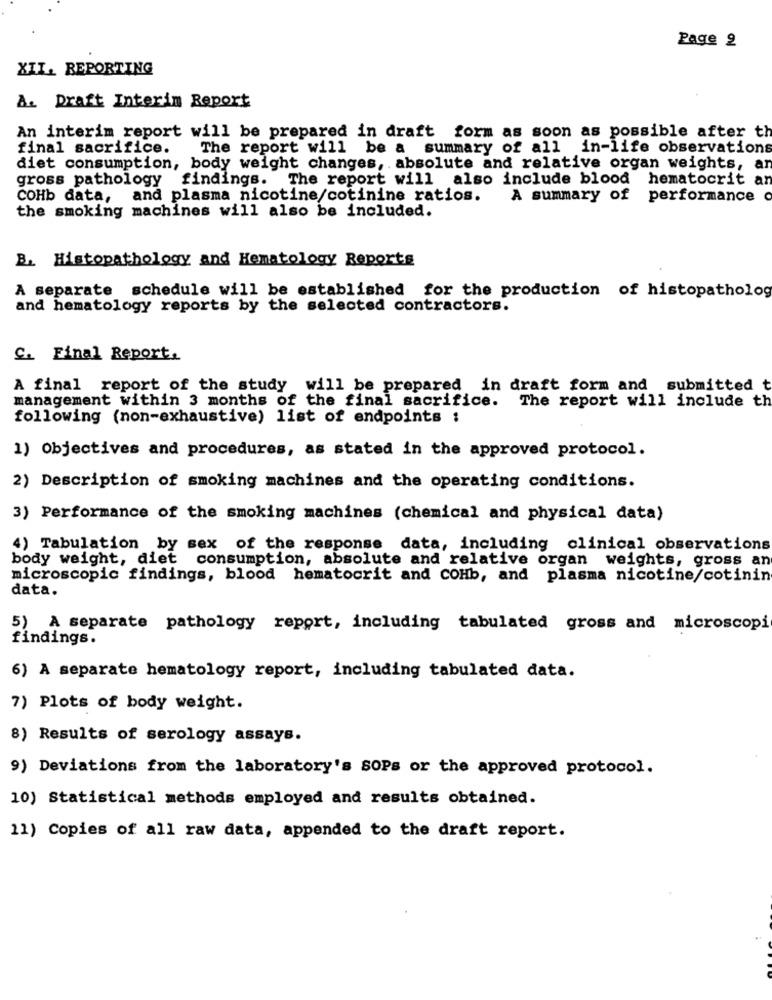
Page 2
XII. REPORTING
A. Draft Interim Report
An interim report will be prepared in draft form as soon as possible after th
final sacrifice.
The report will be a summary of all in-life observations
diet consumption, body weight changes, absolute and relative organ weights, ar
gross pathology findings. The report will also include blood hematocrit an
COHb data, and plasma nicotine/cotinine ratios.
A summary of performance o
the smoking machines will also be included.
B. Histopathology and Hematology Reports
A separate schedule will be established for the production of histopatholog
and hematology reports by the selected contractors.
C. Final Report.
A final report of the study will be prepared in draft form and submitted t
management within 3 months of the final sacrifice. The report will include th
following (non-exhaustive) list of endpoints :
1) Objectives and procedures, as stated in the approved protocol.
2) Description of smoking machines and the operating conditions.
3) Performance of the smoking machines (chemical and physical data)
4) Tabulation by sex of the response data, including clinical observations
body weight, diet
consumption, absolute and relative organ weights, gross an
microscopic findings, blood hematocrit and COHb, and plasma nicotine/cotinin
data.
5) A separate pathology report, including tabulated gross and microscopi
findings.
6) A separate hematology report, including tabulated data.
7) Plots of body weight.
8) Results of serology assays.
9) Deviations from the laboratory's SOPs or the approved protocol.
10) Statistical methods employed and results obtained.
11) Copies of all raw data, appended to the draft report.